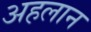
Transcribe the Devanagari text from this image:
अहलान